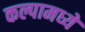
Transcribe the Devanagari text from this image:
कल्पामध्ये